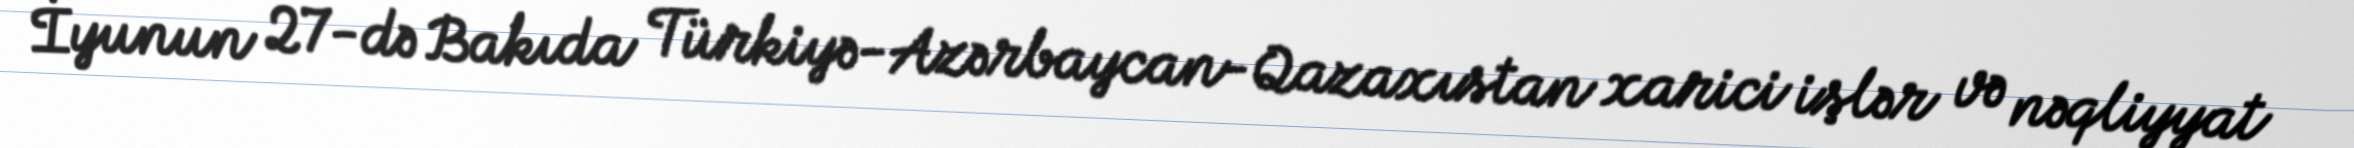
İyunun 27-də Bakıda Türkiyə-Azərbaycan-Qazaxıstan xarici işlər və nəqliyyat